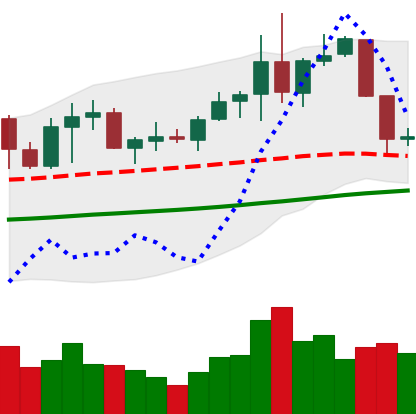
Ticker: NEO-USD
Chart end date: 2019-06-05
Forward return: 6.6%
Label: up_5_7